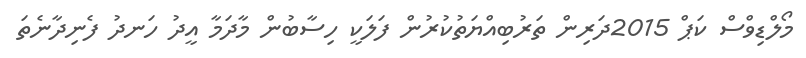
މޯލްޑިވްސް ކަޕް 2015ދަރިން ތަރުބިއްޔަތުކުރުން ފަލަކީ ހިސާބުން މާދަމާ އީދު ހަނދު ފެނިދާނެތަ